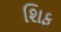
શિફ